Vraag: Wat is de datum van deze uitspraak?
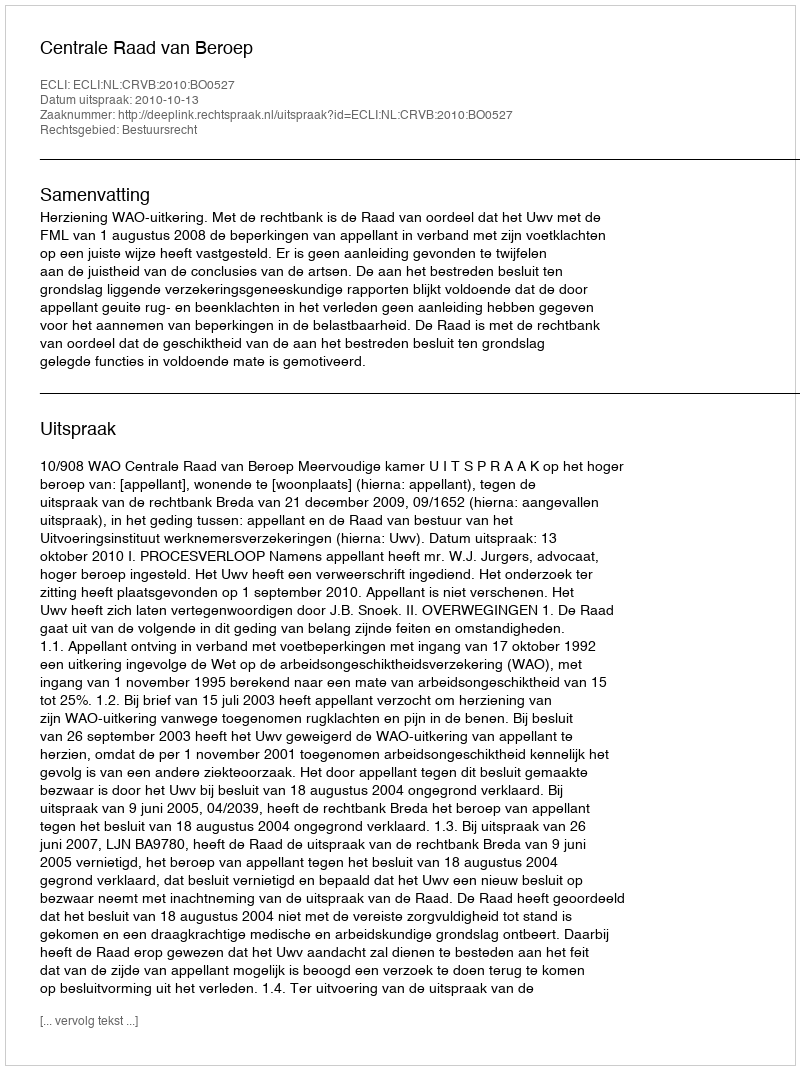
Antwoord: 2010-10-13